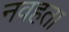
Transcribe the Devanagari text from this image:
नवहता